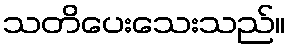
သတိပေးသေးသည်။